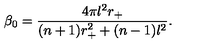
\beta _ { 0 } = \frac { 4 \pi l ^ { 2 } r _ { + } } { ( n + 1 ) r _ { + } ^ { 2 } + ( n - 1 ) l ^ { 2 } } .